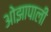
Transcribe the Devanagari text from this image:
ओझापाली